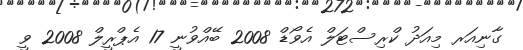
ގާނިއަރ މިއަދު ކްރިސްޓަލް އެވޯޑް 2008 ބޭއްވުނީ 17 އެޕްރީލް 2008 ވީ